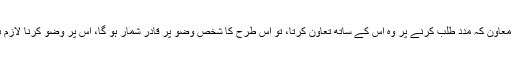
جواب…1.. واضح رہے کہ کسی سے وضو کروانے پر قادر شخص کو اگر خادم میسر ہو ، یا ایسا کوئی معاون کہ مدد طلب کرنے پر وہ اس کے ساتھ تعاون کرتا، تو اس طرح کا شخص وضو پر قادر شمار ہو گا، اس پر وضو کرنا لازم ہے اور اس کا تیمم کرنا درست نہیں ہے، وہ نمازیں جو اس نے تیمم سے ادا کی ہیں، ان کا اعادہ کرے گا۔